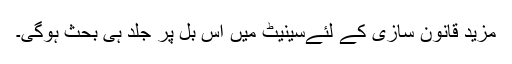
مزید قانون سازی کے لئےسینیٹ میں اس بل پر جلد ہی بحث ہوگی۔